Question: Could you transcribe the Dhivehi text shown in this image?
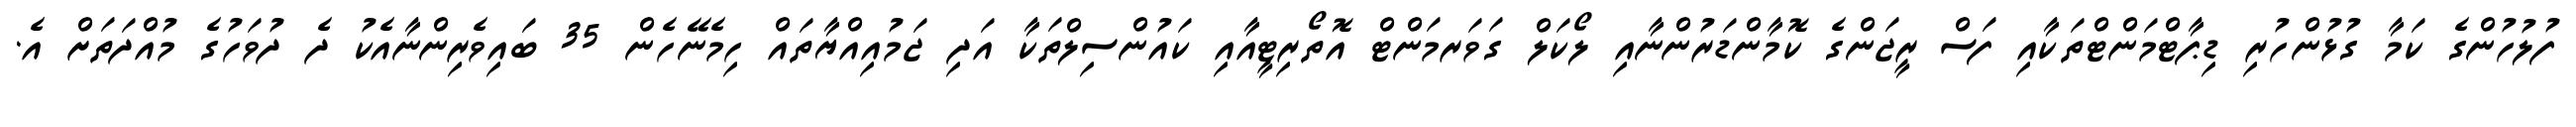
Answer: ފުލުހުންގެ ކަމާ ގުޅުންހުރި ޑިޕާޓްމަންޓްތަކާއި ފަސް ރީޖަންގެ ކޮމާންޑަރުންނާއި ލޯކަލް ގަވަރމަންޓް އޮތޯރިޓީއާއި ކައުންސިލްތަކާ އަދި ޖަމުއިއްޔާތައް ހިމެނޭހެން 35 ބައިވެރިންނާއެކު ދެ ދުވަހުގެ މުއްދަތަށް އެ.